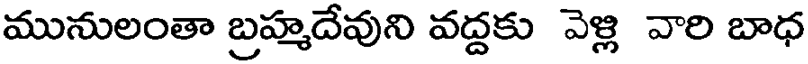
మునులంతా బ్రహ్మదేవుని వద్దకు వెళ్లి వారి బాధ